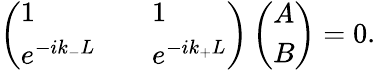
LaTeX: \begin{array}{r}{\left(\begin{array}{lll}{1}&{}&{1}\\ {e^{-ik_{-}L}}&{}&{e^{-ik_{+}L}}\end{array}\right)\left(\begin{array}{l}{A}\\ {B}\end{array}\right)=0.}\end{array}